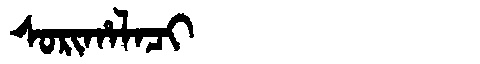
Manchu: ᠰᠣᡵᡳᡥᠠᠯᠠᠴᡳ
Romanization: SORIHALACI